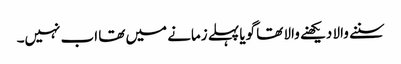
سننے والا دیکھنے والا تھا گویا پہلے زمانے میں تھا اب نہیں۔